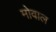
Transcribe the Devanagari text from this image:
मोवाल